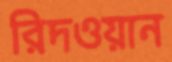
রিদওয়ান